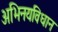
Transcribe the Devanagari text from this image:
अभिनयविधान